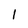
Character: 1